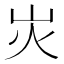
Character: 𡵖